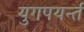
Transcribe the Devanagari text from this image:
युगपयर्न्त